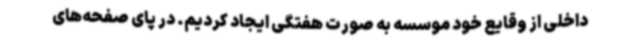
داخلی از وقایع خود موسسه به صورت هفتگی ایجاد کردیم. در پای صفحه‌های